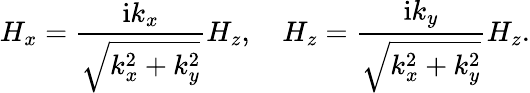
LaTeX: H_{x}=\frac{\mathrm{i}k_{x}}{\sqrt{k_{x}^{2}+k_{y}^{2}}}H_{z},\quad H_{z}=\frac{\mathrm{i}k_{y}}{\sqrt{k_{x}^{2}+k_{y}^{2}}}H_{z}.